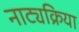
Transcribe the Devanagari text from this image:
नाट्यक्रिया